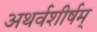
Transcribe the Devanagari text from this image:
अथर्वशीर्षम्